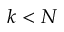
k < N